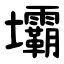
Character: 壩